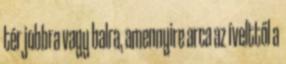
tér jobbra vagy balra, amennyire arca az ívelttől a